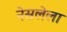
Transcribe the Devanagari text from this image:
नेसलेला